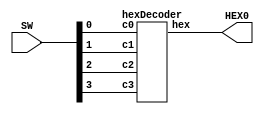
`timescale 1ns / 1ns

module HEX_Decoder (SW, HEX0);
	input [3:0] SW;
	output [6:0] HEX0;
	
	hexDecoder hd(SW[0], SW[1], SW[2], SW[3], HEX0);

endmodule // HEX_Decoder

module hexDecoder (c0, c1, c2, c3, hex);

	input c0, c1, c2, c3;
	output [6:0] hex;
				 
	assign hex[0] = (c0 & !c1 & !c2 & !c3)
					  | (!c0 & !c1 & c2 & !c3)
					  | (c0 & c1 & !c2 & c3)
					  | (c0 & !c1 & c2 & c3);
				
	assign hex[1] = (c0 & !c1 & c2 & !c3)
					  | (!c0 & c1 & c2 & !c3)
					  | (c0 & c1 & !c2 & c3)
					  | (!c0 & !c1 & c2 & c3)
					  | (c1 & c2 & c3);
					  
	assign hex[2] = (!c0 & c1 & !c2 & !c3)
					  | ((!c0 | c1) & c2 & c3);
					  
	assign hex[3] = (c0 & !c1 & !c2 & !c3)
					  | (!c0 & !c1 & c2 & !c3)
					  | (c0 & c1 & c2 & !c3)
					  | (!c0 & c1 & !c2 & c3)
					  | (c0 & c1 & c2 & c3);
					  
	assign hex[4] = (c0 & !c1 & !c2)
					  | (c0 & c1 & !c3)
					  | (!c1 & c2 & !c3);
					  
	assign hex[5] = ((c0 | c1) & !c2 & !c3)
					  | (c0 & c1 & c2 & !c3)
					  | (c0 & !c1 & c2 & c3);
					  
	assign hex[6] = (!c1 & !c2 & !c3)
					  | (c0 & c1 & c2 & !c3)
					  | (!c0 & !c1 & c2 & c3);

endmodule // hexDecoder